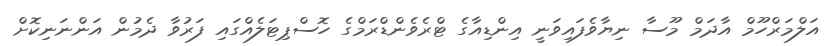
އަލްމަރްހޫމް އާދަމް މޫސާ ނިޔާވެފައިވަނީ އިންޑިއާގެ ޓްރެވެންޑްރަމްގެ ހޮސްޕިޓަލެއްގައި ފަރުވާ ދެމުން އަންނަނިކޮށް